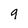
Character: 9